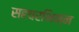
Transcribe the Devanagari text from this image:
सहचरभिन्न